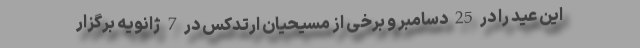
این عید را در 25 دسامبر و برخی از مسیحیان ارتدکس در 7 ژانویه برگزار